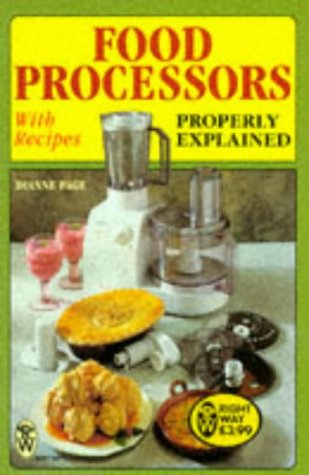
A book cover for Food Processors Properly Explained: With Recipes (Right Way); Dianne Page; Cookbooks, Food & Wine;